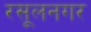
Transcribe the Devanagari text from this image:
रसूलनगर